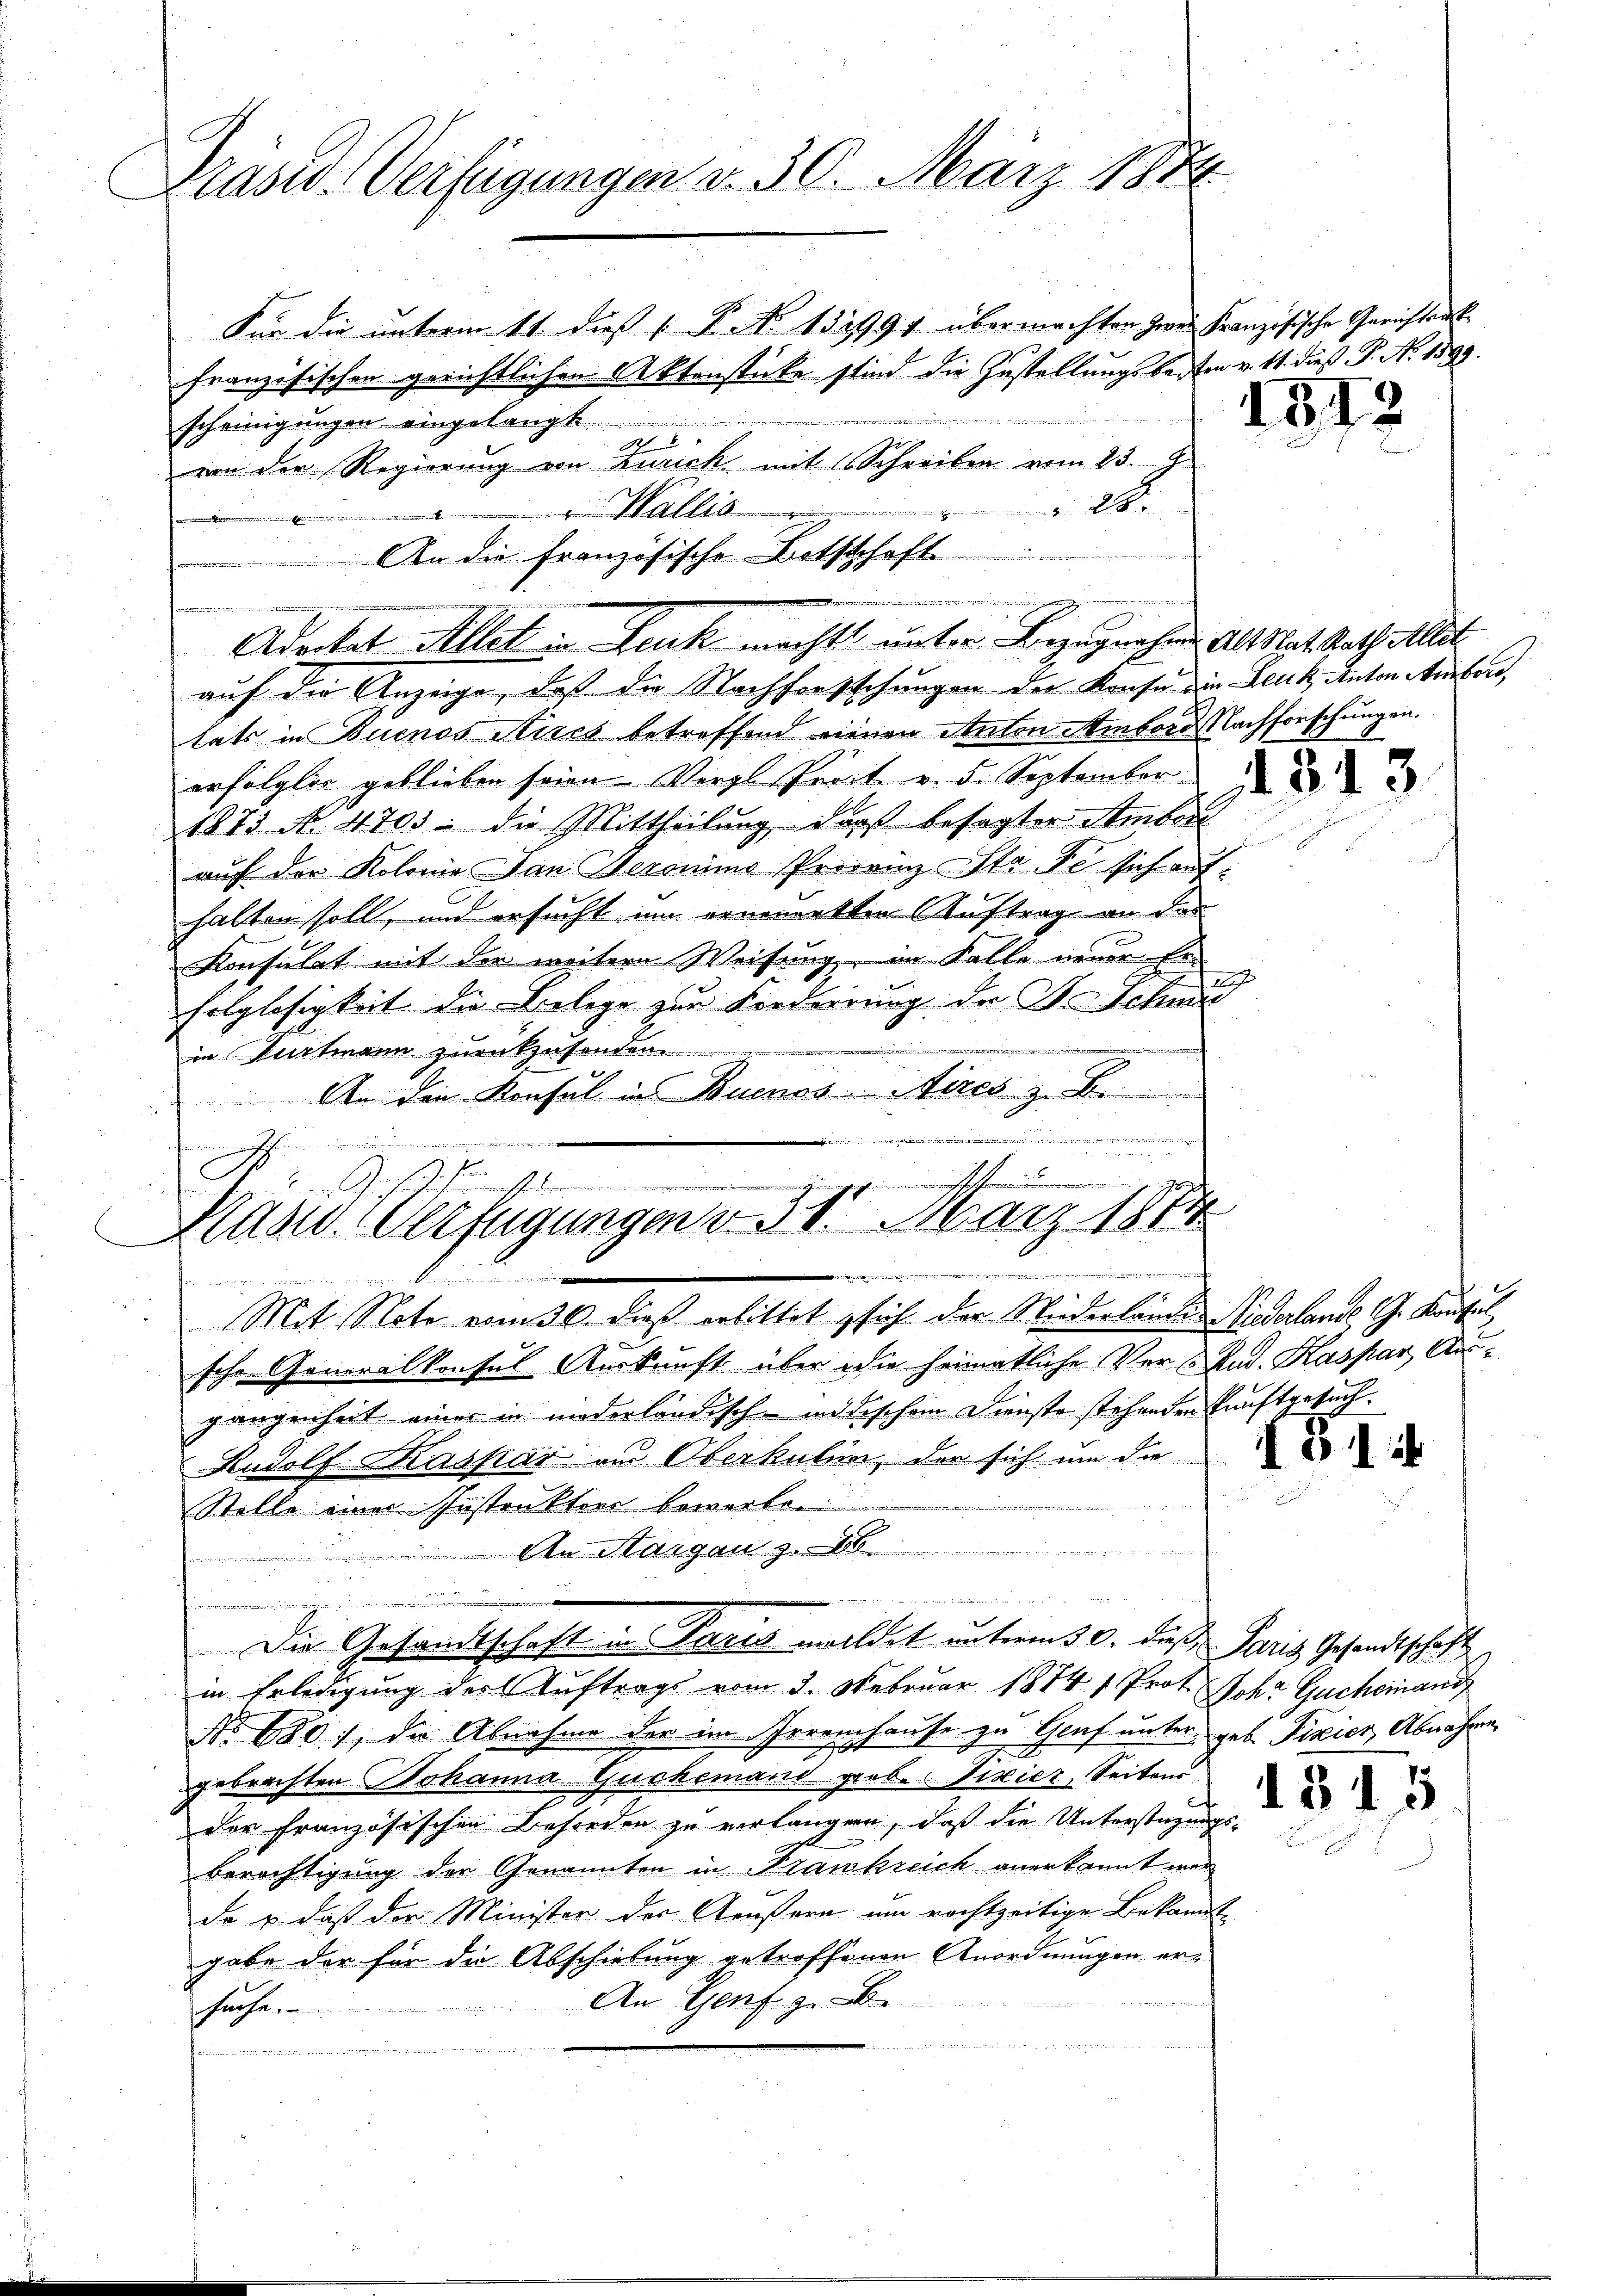
Präsid. Verfügungen d. 30. März 1844

Für die unterm 11. dieß ( P. Nr. 131991 übermachten Zwei Französische Gerichtrak
französischen gerichtlichen Aktenstücke sind die Zustellungsbesten v. 11. dieß P. Nr. 1599.
u
scheinigungen eingelangt
5
von der Regierung von Zürich mit Schreiben vom 23. 9
 Wallis
auf die Anzeige, daß die Nachforsschungen der Konse in Leuk, Anton Amber,
tats in Buenos Aires betreffend einen Anton Ambord Nachforschungen.
erfolgter geblieben seien Vergl. Pract v. 5. September
z
1873 N. 4703: die Mittheilung, daß besagter Amber
auf der Kolonie Jan. Heronimo Prorenz Sta de sich aufhalten soll, und ersucht um erneuerkten Auftrag an das
Konsulat mit der weitere Weisung, im Falle neuer tei
folglosigkeit die Belege zur Forderrung der Dr. Schu
e
in Wartmann zurückzusenden.
An den Konsul in Buenos Aires z. B.
14
a
h
¬

frommenen

dem Gesetze hin ist dem
Kasw. Verfügungen v. 31. März 1884
i

.
1
Mit Note vom 30. dieß erbittet, sich der Niederlande Niederlame S. Konsul
schr. Generalkonsul Auskunft über die heimatliche Verland. Kaspar Aus¬

28.
 An die französische Bothschaft

Aderket Allet in Leuk machte unter Bezugnahme als Mat Rath allet

n

gangenheit einer in niederländischeidischen Dienste stehenden kunftgesuch¬
Radolf Kaspar am Oberkulin, der sich um die
Stelle einer Instruktore bewarten
 An Margau z

Die Gesandtschaft in Paris molldet unterm 30. dieß, Paris Gesandtschaft
in Erledigung der Auftrags vom 3. Februar 1874 1 Prot. Joh. Gucheinand
No 880), die Abnahme der im Irrenchause zu Genf unter geb. Fixier Abnahme
gebrachten Johanna Guckemand grob. Visier, Seitens
der Französischen Behörden zu verlangen, daß die Unterstüzungs¬
Berechtigung der Genannten in Frankreich anerkannt wer
da u. daß der Minister der Aeußern um rechtzeitige Bekanntgabe der für die Abschiebung getroffenen Anordnungen er-
An Genf z. Be
suche.
n in der einen
.

.

131

.

2

3.

31 i

1515